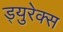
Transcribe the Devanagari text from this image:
ड्युरेक्स